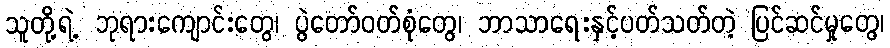
သူတို့ရဲ့ ဘုရားကျောင်းတွေ၊ ပွဲတော်ဝတ်စုံတွေ၊ ဘာသာရေးနှင့်ပတ်သတ်တဲ့ ပြင်ဆင်မှုတွေ၊